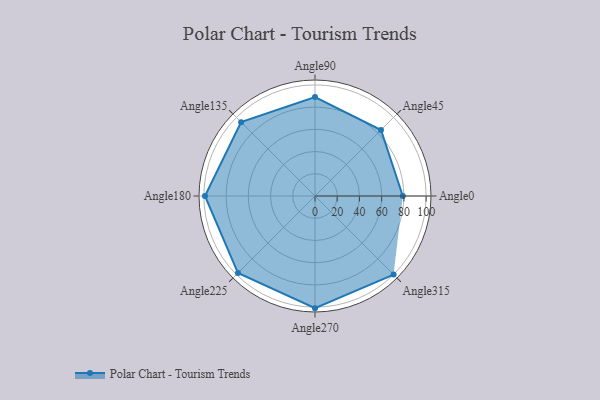
{"axis": {"x": "Angle", "y": "Radius"}, "legend": [""], "data": [{"x": "Angle0", "y": 79.0, "type": ""}, {"x": "Angle45", "y": 84.0, "type": ""}, {"x": "Angle90", "y": 89.0, "type": ""}, {"x": "Angle135", "y": 94.0, "type": ""}, {"x": "Angle180", "y": 99.0, "type": ""}, {"x": "Angle225", "y": 98.0, "type": ""}, {"x": "Angle270", "y": 101.0, "type": ""}, {"x": "Angle315", "y": 100.0, "type": ""}]}